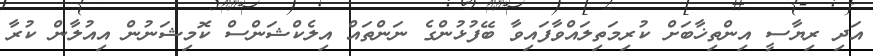
އަދި ރިޔާސީ އިންތިޚާބަށް ކުރިމަތިލައްވާފައިވާ ބޭފުޅުންގެ ނަންތައް އިލެކްޝަންސް ކޮމިޝަނުން އިއުލާން ކުރާ